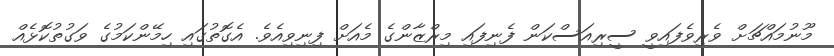
މޫނުމައްޗަށް ވެރިވެފައިވީ ސީރިއަސްކަން ފެނިފައި މިރްޒާންގެ މެއަށް ފިނިވިއެވެ. އެގޮތުގައި ހިމޭންކަމުގެ ވަގުތުކޮޅެއް